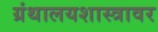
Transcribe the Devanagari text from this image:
ग्रंथालयशास्त्रावर